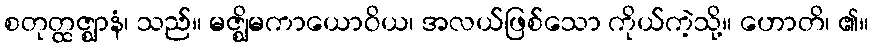
စတုတ္ထဇ္ဈာနံ၊ သည်။ မဇ္ဈိမကာယောဝိယ၊ အလယ်ဖြစ်သော ကိုယ်ကဲ့သို့။ ဟောတိ၊ ၏။